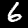
Label: 6